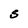
Character: S